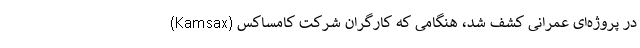
در پروژه‌ای عمرانی کشف شد، هنگامی که کارگران شرکت کامساکس (Kamsax)